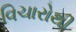
વિચારોથી